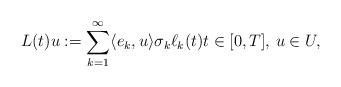
LaTeX: \begin{align*}L(t)u:=\sum \limits_{k=1}^{\infty}\langle e_k, u\rangle \sigma_k \ell_k(t) t\in[0,T], \, u\in U,\end{align*}